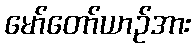
မော်တော်ယာဉ်အား